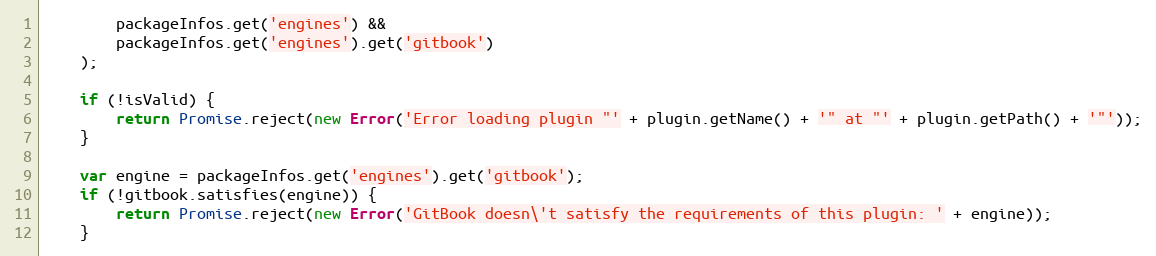
Language: JavaScript
        packageInfos.get('engines') &&
        packageInfos.get('engines').get('gitbook')
    );

    if (!isValid) {
        return Promise.reject(new Error('Error loading plugin "' + plugin.getName() + '" at "' + plugin.getPath() + '"'));
    }

    var engine = packageInfos.get('engines').get('gitbook');
    if (!gitbook.satisfies(engine)) {
        return Promise.reject(new Error('GitBook doesn\'t satisfy the requirements of this plugin: ' + engine));
    }